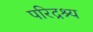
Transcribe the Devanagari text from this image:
परिद्रश्य